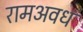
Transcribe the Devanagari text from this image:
रामअवध